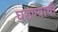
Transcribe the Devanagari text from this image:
घडण्याची